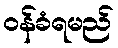
ဝန်ခံရမည်